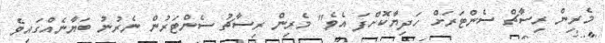
މެރިން ރިސާޗް ސެންޓަރަށް ހަދިޔާކޮށްފަ އެވެ" މެރިން ރިސާޗު ސެންޓަރުން ނެރުނު ބަޔާނެއްގައިވެ